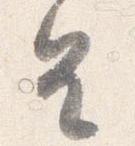
皇